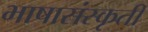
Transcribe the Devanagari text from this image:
भाषासंस्कृती